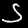
Digit: 5